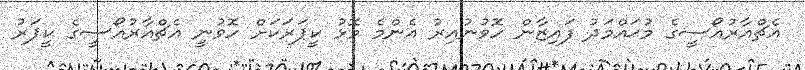
އެޗްއާރުއޯސީގެ މުޙައްމަދު ފައިޒާން ހޮވުނުއިރު އެންމެ މޮޅު ކީޕަރަކަށް ހޮވުނީ އެޗްއާރުއޯސީގެ ކީޕަރު